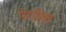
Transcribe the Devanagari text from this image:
पेर्गोला